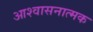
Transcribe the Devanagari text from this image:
आश्वासनात्मक